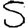
Digit: 5